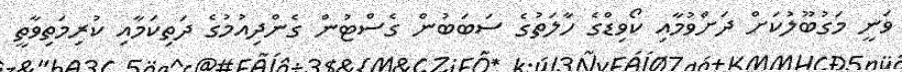
ވަނީ މަގުބޫލުކަށް ދަށްވުމާއި ކޯވިޑްގެ ހާލަތުގެ ސަބަބުން ގެސްޓުން ގެންދިއުމުގެ ދަތިކަމާއި ކުރިމަތިވާތީ